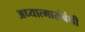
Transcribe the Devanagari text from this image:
अध्यात्मासंबंधी